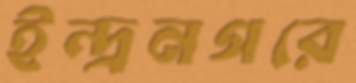
ইন্দ্রনগরে